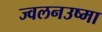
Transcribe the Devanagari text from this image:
ज्वलनउष्मा